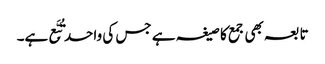
تابعہ بھی جمع کا صیغہ ہے جس کی واحد تُبَّع ہے۔